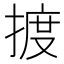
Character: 𢱋